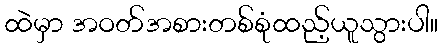
ထဲမှာ အဝတ်အစားတစ်စုံထည့်ယူသွားပါ။